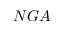
N G A